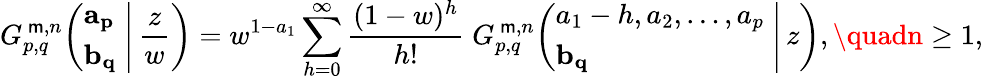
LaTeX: G_{p,q}^{\, \mathsf{m},n}\! \left(\left.{\begin{array}{l}{\mathbf{a_{p}}}\\ {\mathbf{b_{q}}}\end{array}}\; \right|\, {\frac{{z}}{{w}}}\right)=w^{1-a_{1}}\sum_{h=0}^{\infty}{\frac{{(1-w)^{h}}}{{h!}}}\; G_{p,q}^{\, \mathsf{m},n}\! \left(\left.{\begin{array}{l}{a_{1}-h,a_{2},\dots,a_{p}}\\ {\mathbf{b_{q}}}\end{array}}\; \right|\, z\right),\quadn\geq1,